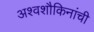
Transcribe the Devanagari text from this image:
अश्वशौकिनांची